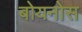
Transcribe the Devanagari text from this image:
बोयनोस